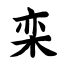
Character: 栾